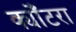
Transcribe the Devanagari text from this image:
क्योँटरा